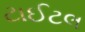
ટાઈટલ